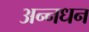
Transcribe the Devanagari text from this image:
अन्‍नधन